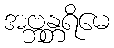
အဗ္ဘန္တရိမေ